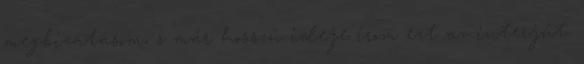
megbizatásom, s már hosszú ideje írom ezt az interjút.